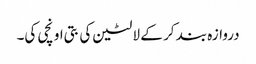
دروازہ بند کر کے لالٹین کی بتی اونچی کی۔